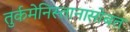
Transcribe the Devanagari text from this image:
तुर्कमेनिस्तानासोबत